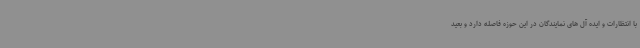
با انتظارات و ایده آل های نمایندگان در این حوزه فاصله دارد و بعید